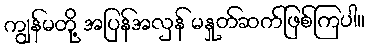
ကျွန်မတို့ အပြန်အလှန် မနှုတ်ဆက်ဖြစ်ကြပါ။